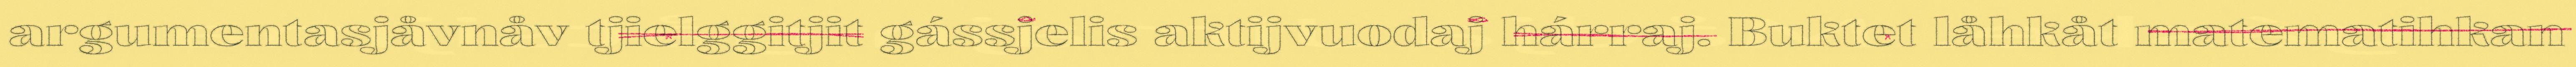
argumentasjåvnåv tjielggitjit gássjelis aktijvuodaj hárraj. Buktet låhkåt matematihkan